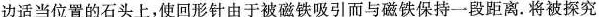
边适当位置的石头上，使回形针由于被磁铁吸引而与磁铁保持一段距离。将被探究